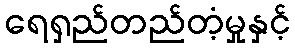
ရေရှည်တည်တံ့မှုနှင့်